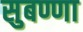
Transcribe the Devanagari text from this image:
सुबण्णा